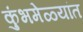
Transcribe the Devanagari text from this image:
कुंभमेळ्यांत